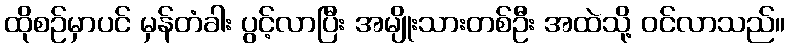
ထိုစဉ်မှာပင် မှန်တံခါး ပွင့်လာပြီး အမျိုးသားတစ်ဦး အထဲသို့ ဝင်လာသည်။